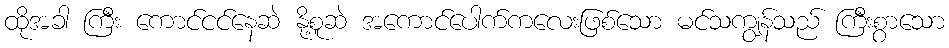
ထိုအခါ ကြီး ကောင်ငင်နေဆဲ နို့စူဆဲ အကောင်ပေါက်ကလေးဖြစ်သော မင်သကျွန်သည် ကြီးစွာသော